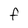
Character: f